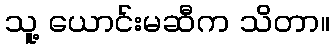
သူ့ ယောင်းမဆီက သိတာ။